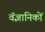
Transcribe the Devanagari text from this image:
वॅज्ञानिकों